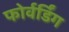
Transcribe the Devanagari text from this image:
फोर्वर्डिंग